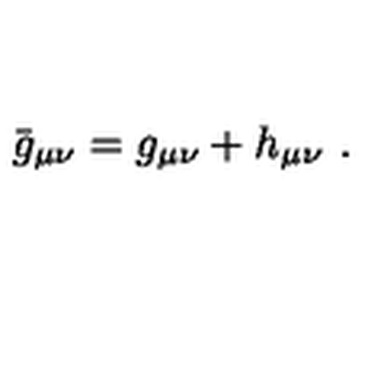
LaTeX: \bar { g } _ { \mu \nu } = g _ { \mu \nu } + h _ { \mu \nu } \ .